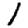
Digit: 1